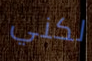
لكني